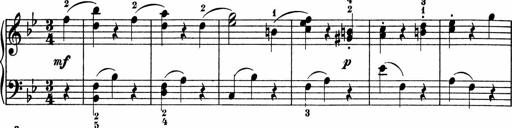
Title: 5 Sonatinen fÃ¼r die Jugend
Composer: Carl Reinecke